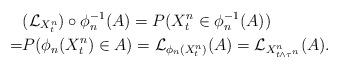
LaTeX: \begin{align*}&{(\mathcal{L}_{X^n_t})\circ \phi_n^{-1}}(A)= P(X^n_t \in \phi_n^{-1}(A))\\=& P(\phi_n(X^n_t)\in A)=\mathcal{L}_{\phi_n (X^n_t)} (A)= \mathcal{L}_{X^n_{t\wedge \tau^n}} (A).\end{align*}